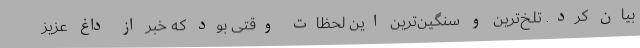
بیان کرد. تلخ‌ترین و سنگین‌ترین این لحظات وقتی بود که خبر از داغ عزیز